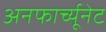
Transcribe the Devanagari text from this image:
अनफार्च्यूनेट